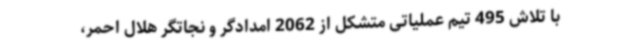
با تلاش 495 تیم عملیاتی متشکل از 2062 امدادگر و نجاتگر هلال احمر،